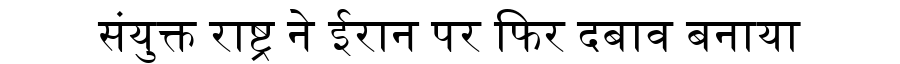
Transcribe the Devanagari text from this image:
संयुक्त राष्ट्र ने ईरान पर फिर दबाव बनाया